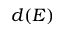
d ( E )